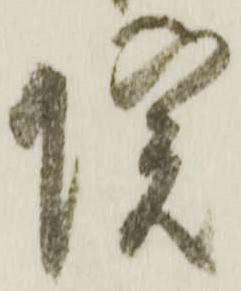
院